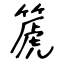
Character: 篪